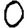
Digit: 0